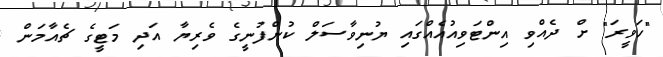
"ހަވީރަ" ށް ދެއްވި އިންޓަވިއުއެއްގައި ޔުނިވާސަލް ކުންފުނީގެ ވެރިޔާ އަދި މަޓީގެ ޗެއާމަން